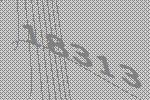
18313